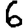
Digit: 6